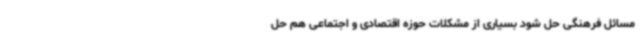
مسائل فرهنگی حل شود بسیاری از مشکلات حوزه اقتصادی و اجتماعی هم حل